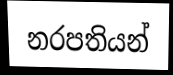
නරපතියන්